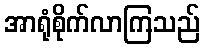
အာရုံစိုက်လာကြသည်